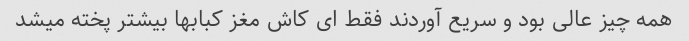
همه چیز عالی بود و سریع آوردند فقط ای کاش مغز کبابها بیشتر پخته میشد